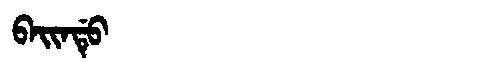
Manchu: ᠪᠠᡳᠨᡩᡠ
Romanization: BAINDU